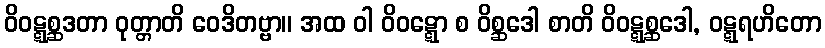
ဝိဝဋ္ဋစ္ဆဒတာ ဝုတ္တာတိ ဝေဒိတဗ္ဗာ။ အထ ဝါ ဝိဝဋ္ဋော စ ဝိစ္ဆဒေါ စာတိ ဝိဝဋ္ဋစ္ဆဒေါ, ဝဋ္ဋရဟိတော